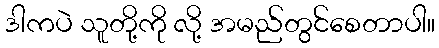
ဒါကပဲ သူတို့ကို လို့ အမည်တွင်စေတာပါ။